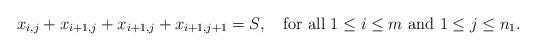
LaTeX: \begin{align*} x_{i,j} + x_{i+1,j} + x_{i+1,j} + x_{i+1,j+1} = S, \mbox{ \ \ for all } 1\leq i \leq m \mbox{ and } 1\leq j \leq n_1.\end{align*}